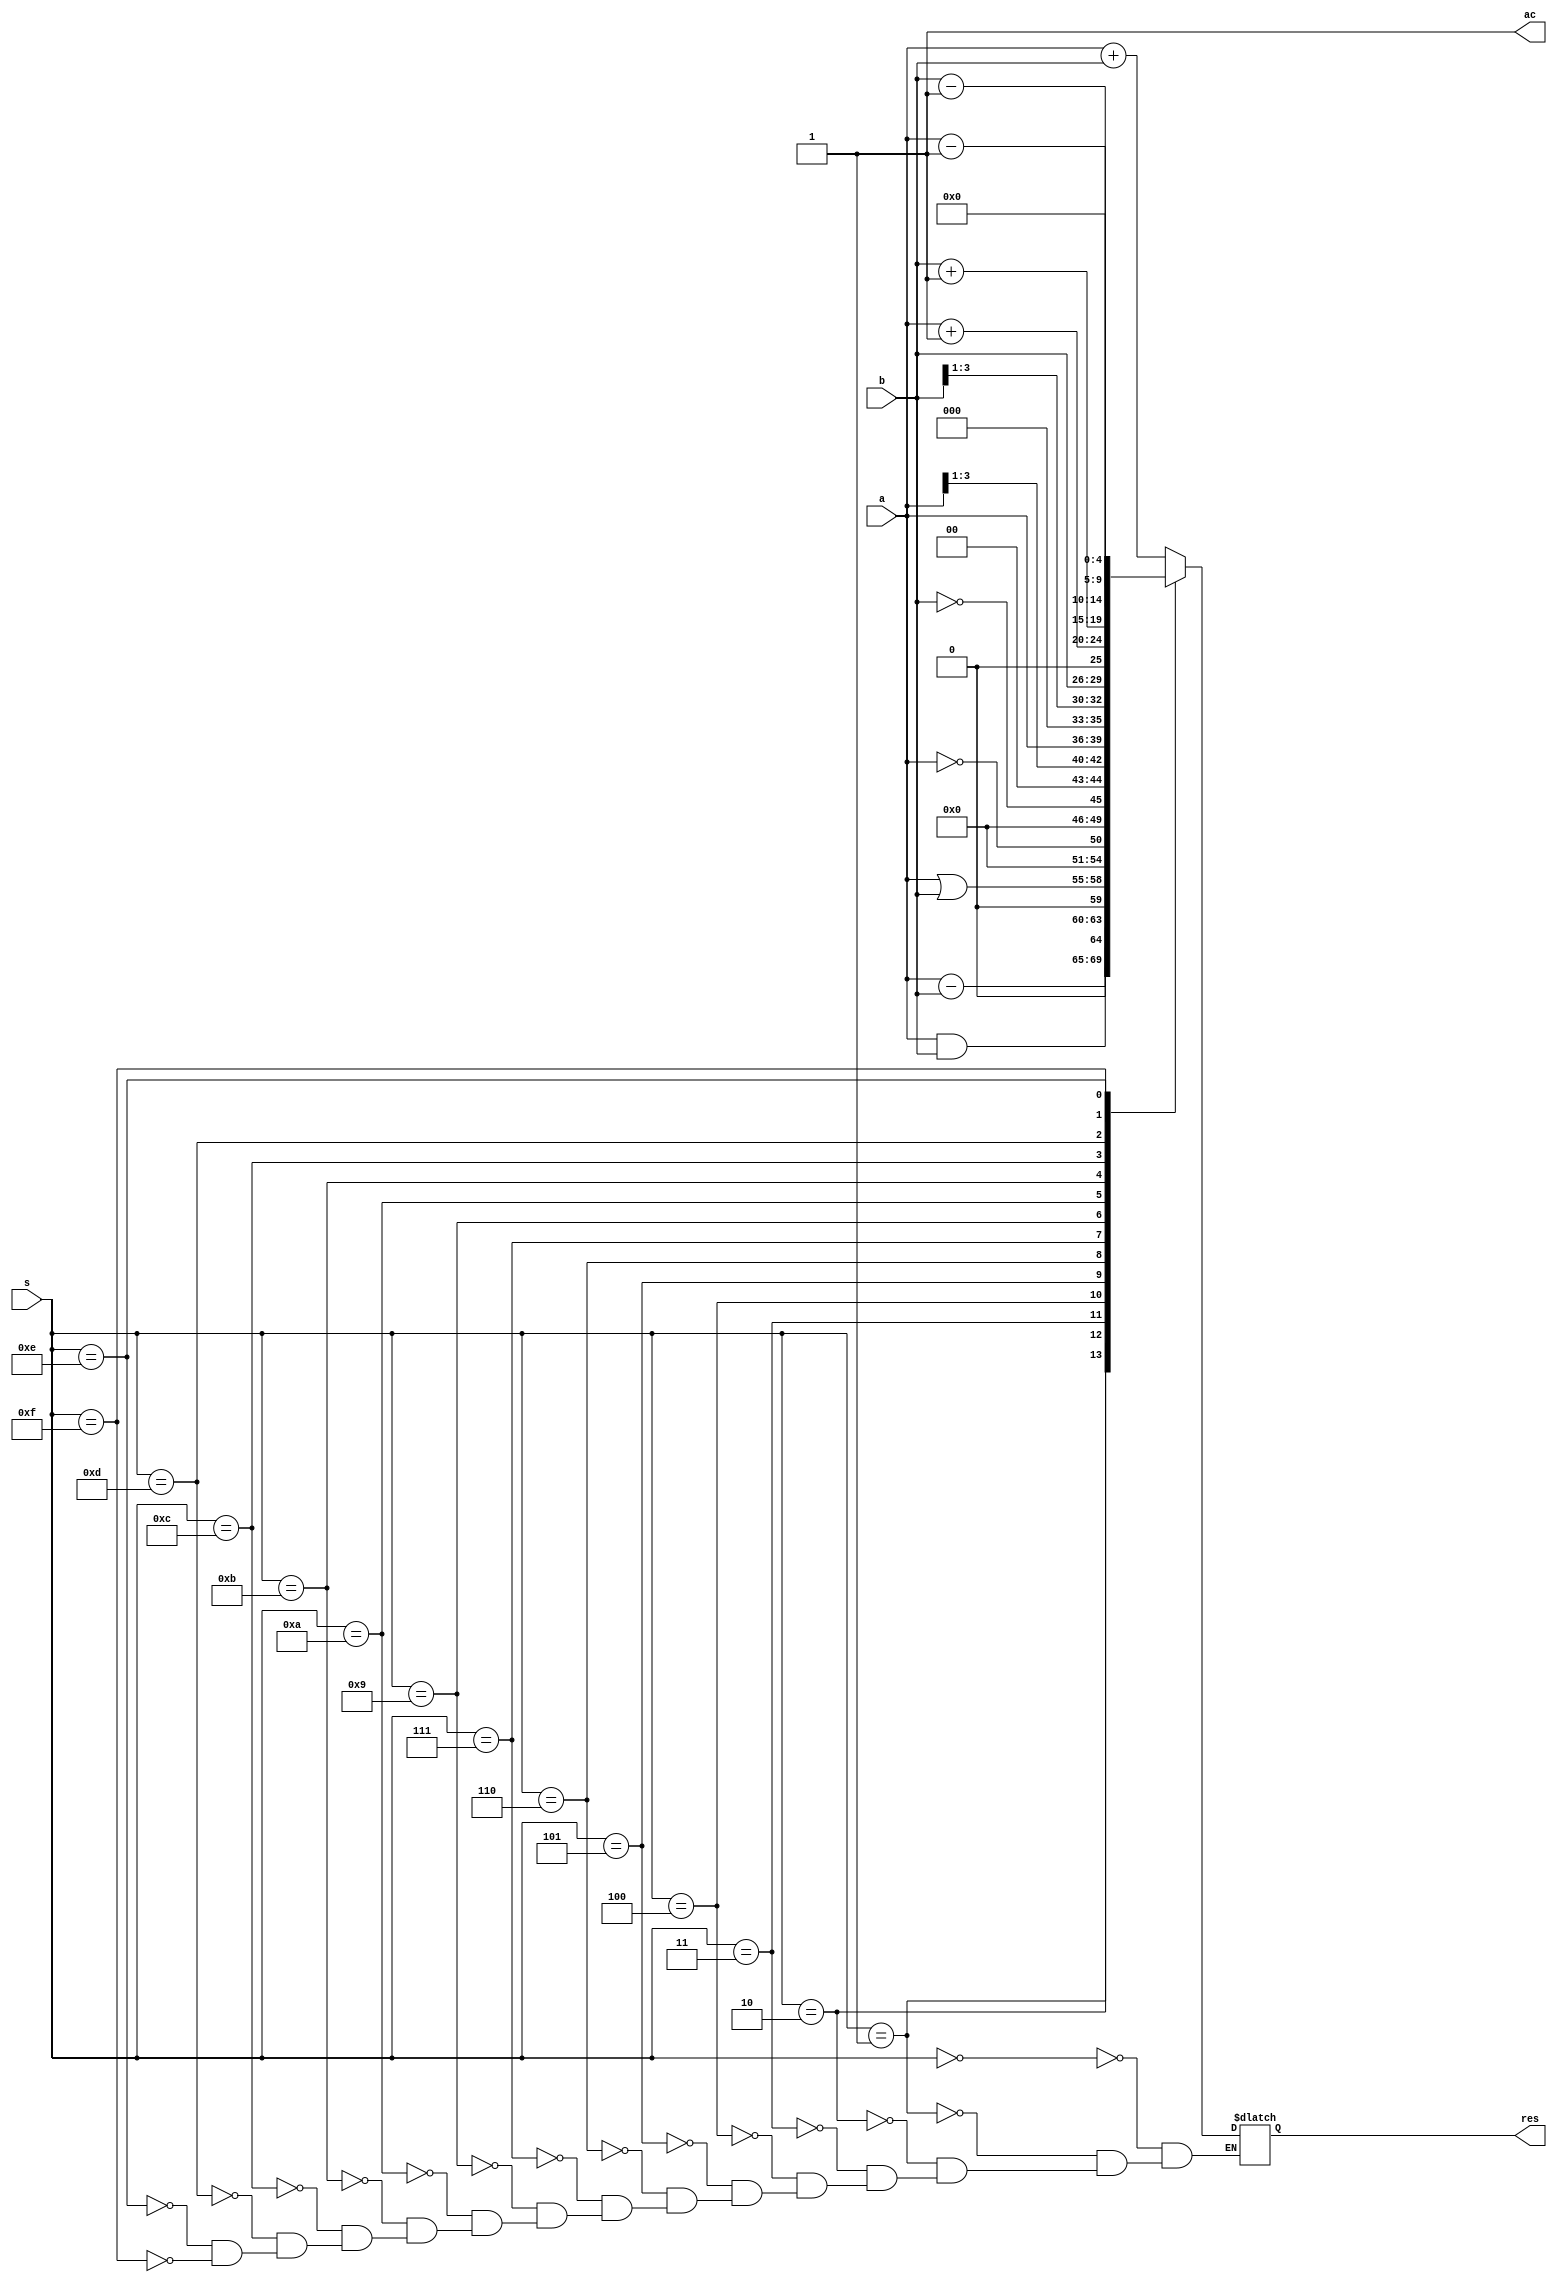
module ALU(input [3:0]a,input [3:0]b,input [3:0]s,output reg [4:0]res,output reg ac);
  always @(*)
  begin
    case(s)
      4'b0000:res=a+b;//Addition
      4'b0001:res=a-b;//Subration
      4'b0010:res=a&b;//Bitwise AND
      4'b0011:res=a|b;//Bitwise OR
      4'b0100:res=!a;//Bitwise NOT A
      4'b0101:res=!b;//Bitwise NOT B 
      4'b0110:res=a>>1;//Right A shift by 1 bit
      4'b0111:res=a<<1;//left A shift by 1 bit
      4'b1001:res=b>>1;//Right B shift by 1 bit
      4'b1010:res=b<<1;//Left B shift by 1 bit
      4'b1011:res=a+1;//Increment A by 1
      4'b1100:res=b+1;//Increment A by 1
      4'b1101:res=a-1;//Decrement B by 1
      4'b1110:res=b-1;//Decrement B by 1
      4'b1111:res=0;// Otherwise result 0
    endcase
    ac=1;//othercases for values of s
  end
endmodule